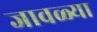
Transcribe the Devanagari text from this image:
जावळ्या